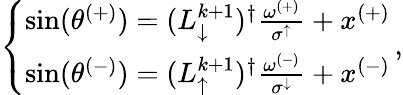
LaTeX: \begin{array}{r}{\left\{ \begin{array}{ll}{\sin(\theta^{(+)})=(L_{\downarrow}^{k+1})^{\dagger}\frac{\omega^{(+)}}{\sigma^{\uparrow}}+x^{(+)}}\\ {\sin(\theta^{(-)})=(L_{\uparrow}^{k+1})^{\dagger}\frac{\omega^{(-)}}{\sigma^{\downarrow}}+x^{(-)}}\end{array}\right.\, ,}\end{array}